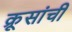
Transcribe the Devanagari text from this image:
क्रूसांची